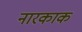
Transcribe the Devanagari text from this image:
नारकाक